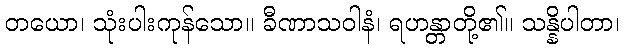
တယော၊ သုံးပါးကုန်သော။ ခီဏာသဝါနံ၊ ရဟန္တာတို့၏။ သန္နိပါတာ၊